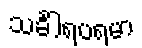
သင်္ခါရပရမာ